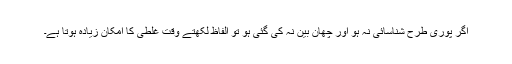
اگر پوری طرح شناسائی نہ ہو اور چھان بین نہ کی گئی ہو تو الفاظ لکھتے وقت غلطی کا امکان زیادہ ہوتا ہے۔